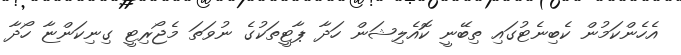
އެހެންކަމުން ކެބިނެޓުގައި ތިބޭނީ ކޮއެލިޝަން ހަދާ ޕާޓީތަކުގެ ނުވަތަ މެޖޯރިޓީ ގިނިކަންޏާ ހޯދާ